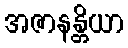
အဇာနန္တိယာ